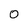
Character: 0